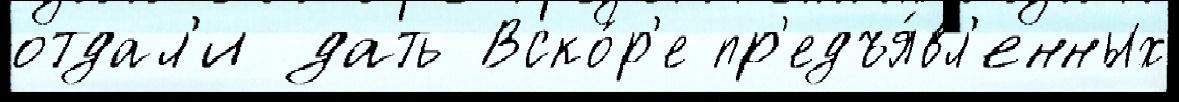
отдал'и дать Вско́р'е пр'едъя́вл'енных